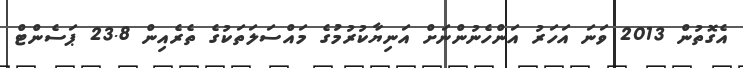
އެގޮތުން 2013 ވަނަ އަހަރު އަންހެނުންނަށް އަނިޔާކުރުމުގެ މައްސަލަތަކުގެ ތެރެއިން 23.8 ޕަސެންޓް